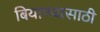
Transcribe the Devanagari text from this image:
बियाण्यासाठी